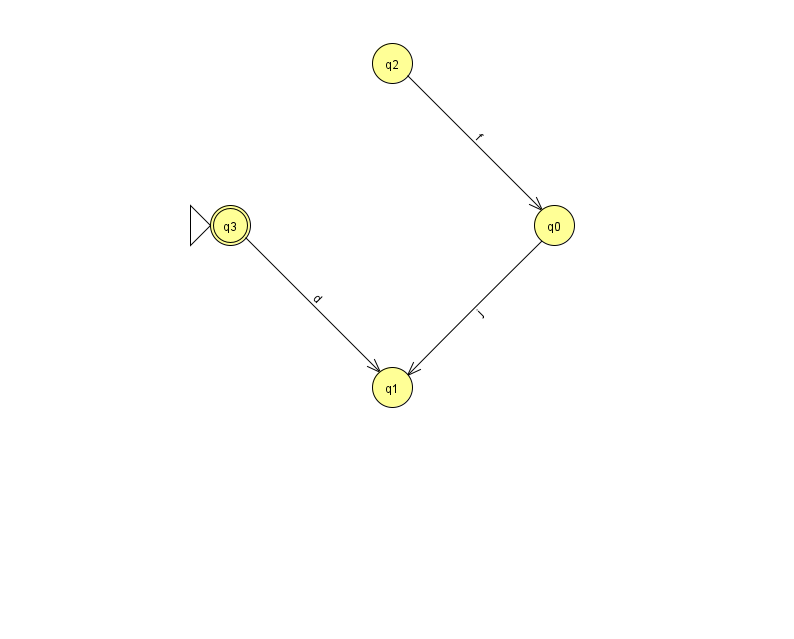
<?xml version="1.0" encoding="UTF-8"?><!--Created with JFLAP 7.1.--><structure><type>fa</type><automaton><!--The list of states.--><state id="0" name="q0"><x>554.0</x><y>212.0</y></state><state id="1" name="q1"><x>392.0</x><y>374.0</y></state><state id="2" name="q2"><x>392.0</x><y>50.0</y></state><state id="3" name="q3"><x>230.0</x><y>212.0</y><initial/><final/></state><!--The list of transitions.--><transition><from>2</from><to>0</to><read>f</read></transition><transition><from>0</from><to>1</to><read>j</read></transition><transition><from>3</from><to>1</to><read>d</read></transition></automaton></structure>